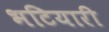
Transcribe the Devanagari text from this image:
भटियारी